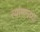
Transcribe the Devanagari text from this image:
त्यांमागच्या